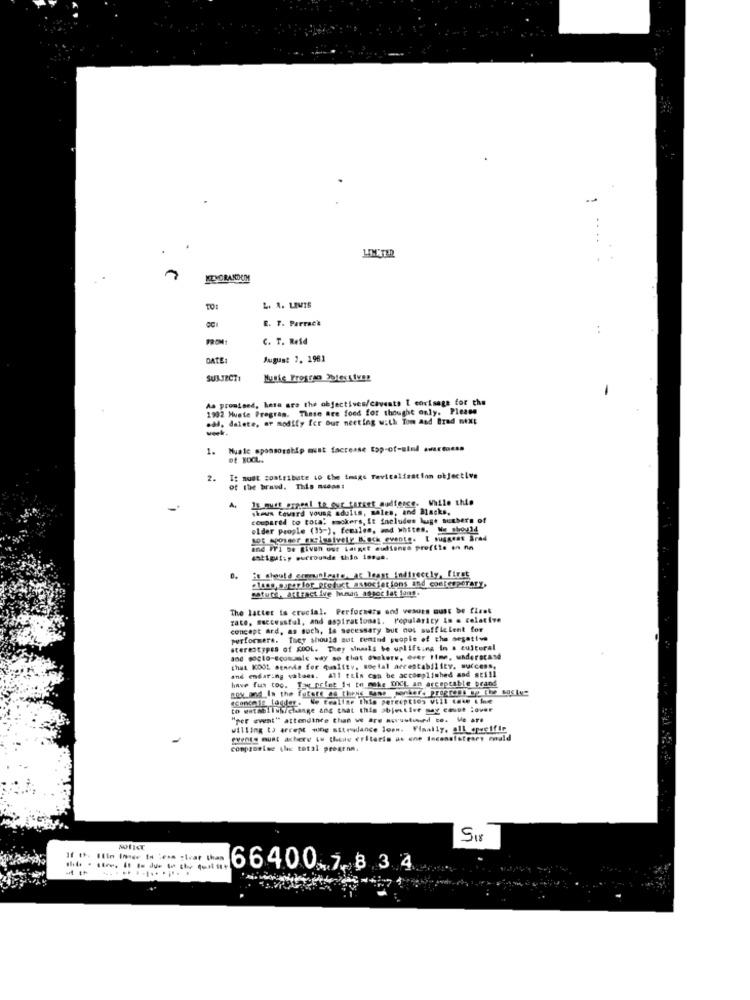
L. R. LEWIS
R
E. T. Parrack
C. T. Reid
DATE:
August 2. 1961
SUBJECTI
Muthe Prosrao Potessivez
As promised, here are the objectives/caveats I corisage for the
1992 Muste Program. These are food for thought only. Please
.dd, delete, or modify for our meeting with Tom and Brad mex:
-
1.
Muale sponsorship must facrease top-of-sind awareness
of XOCL.
2.
T: most contribute io Che imigs revitalization objective
of the brand. This mconet
It must prpeal to our target audience. While this
shown toward young adults, males, and Backs,
compared to tora, mokers, it includes luge suchers of
older people (35-), females, and whites. We should
sot tosser exclusively Back evento. I suggest Srad
and Při be given ost Larget audience profite on na
estigui;y surrounde this issue.
i chould crannieste, at least Indirectly, first
slang, super for product_associations and contemporary
sature, attractive hunan assoc lat 10mg
The latter is crucial. Perfochers and vesurs must be flest
zate, successful, and aspirational. Popularicy in a celative
concept ard, as such, le secessary but not sufficient for
performers. They should aut remind people of the negative
stereotypes of KDOL. They Minaals be uplifting in & cultural
and socio-scosumle way so that oupkers, over time, underscase
and endaring values. All ttin can be accomplished and still
that KOOL mennde for quality, social arrestability, success,
have fus too. Toy pelet 14 to make DOCt an erceptable brand
nok and In the future os theys mans ponkers programa op the sosiys
tconchig logdor. We Eeallae this perecption vill taw the
to establish/change ang that this abjective may cause :over
"per event" attendance than we are norustused to. Me are
willing to arcept wing sttendance loww. Finally, all_@pecific
"vents must achere to thede eritaris as one Inconsisteser mald
compromise the total progrnn.
Sur
If It. Ilin Ince Is less stvar than
66400 7 834